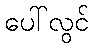
ပေါ်လွင်